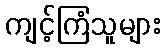
ကျင့်ကြံသူများ